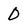
Character: 0